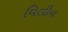
વિલીન